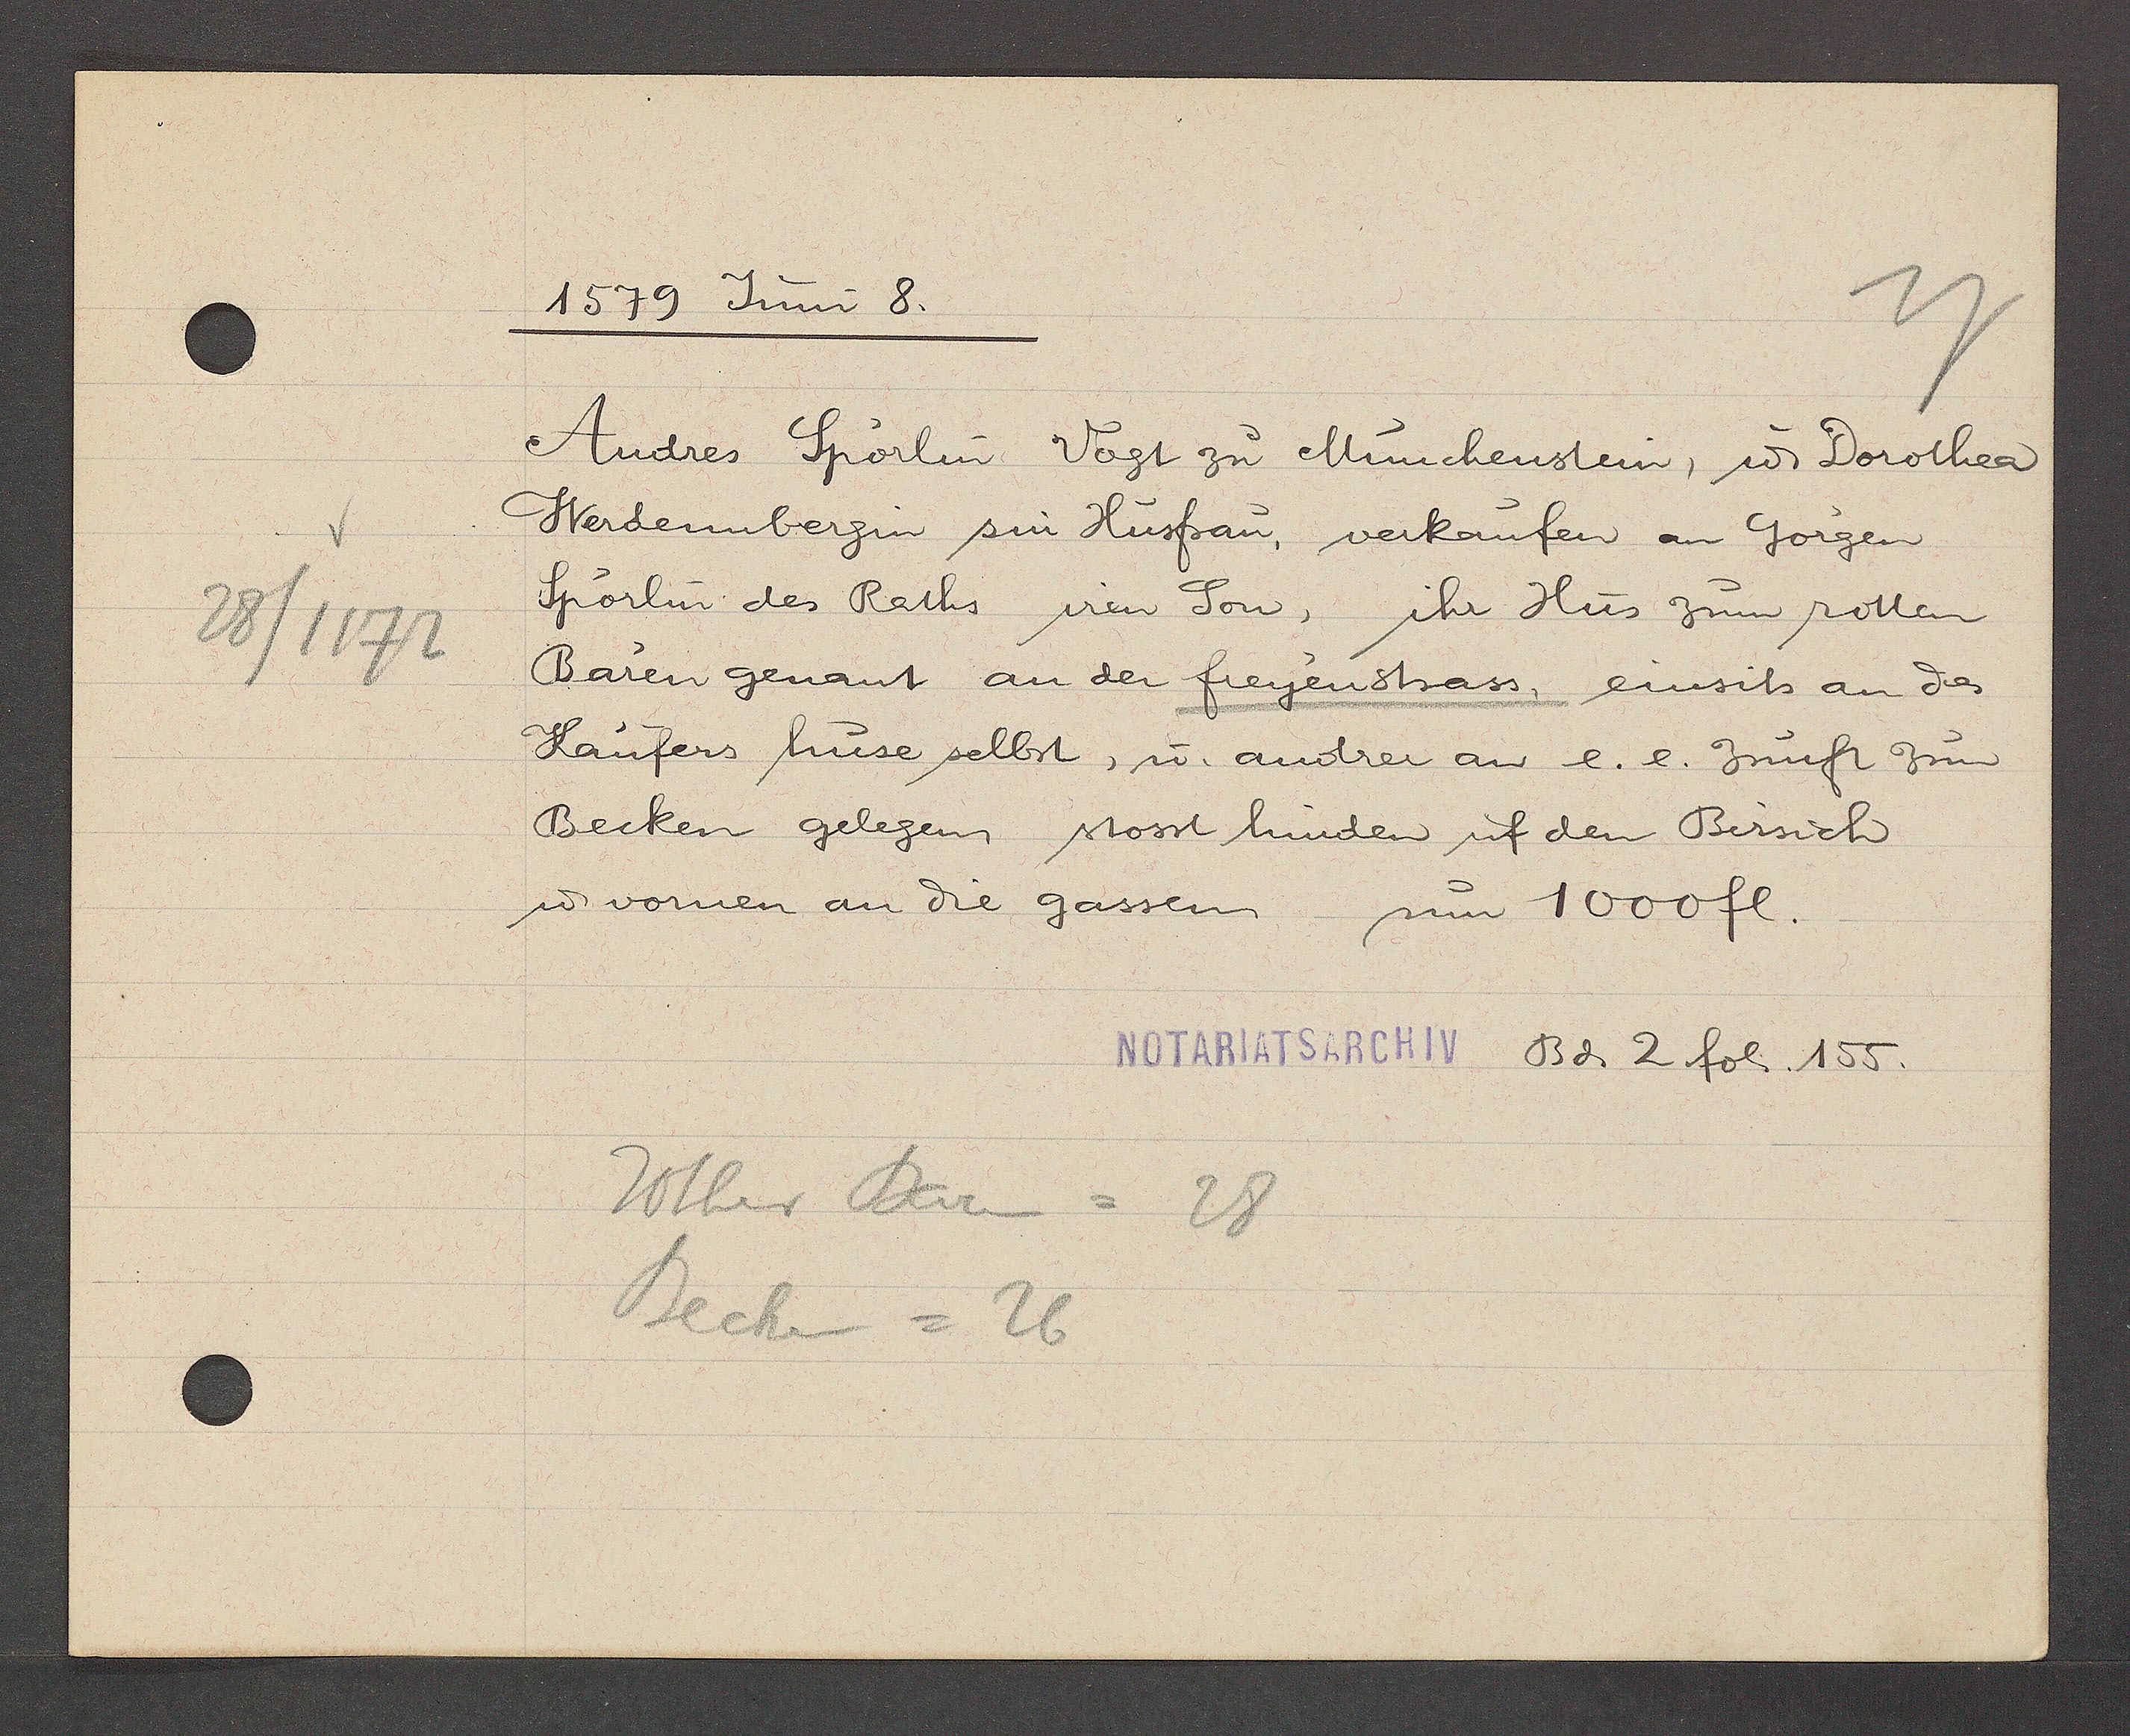
Transcript:
28/1172

1579 Juni 8.

Andres Spörlin Vogt zu Münchenstein, u. Dorothea
Werdenbergin sin Husfrau, verkaufen an Gorgen
Spörlin des Raths iren Son, ihr Hus zum rotten
Baren genant an der freyenstrass, einsits an des
Käufers huse selbst, u. andrer an e. e. Zunft zum
Becken gelegen stosst hinden uf den Birsich
u. vornen an die gassen, um 1000 fl.

Rother Baren = 28
Becken = 26

NOTARIATSARCHIV Bd. 2 fol. 155.